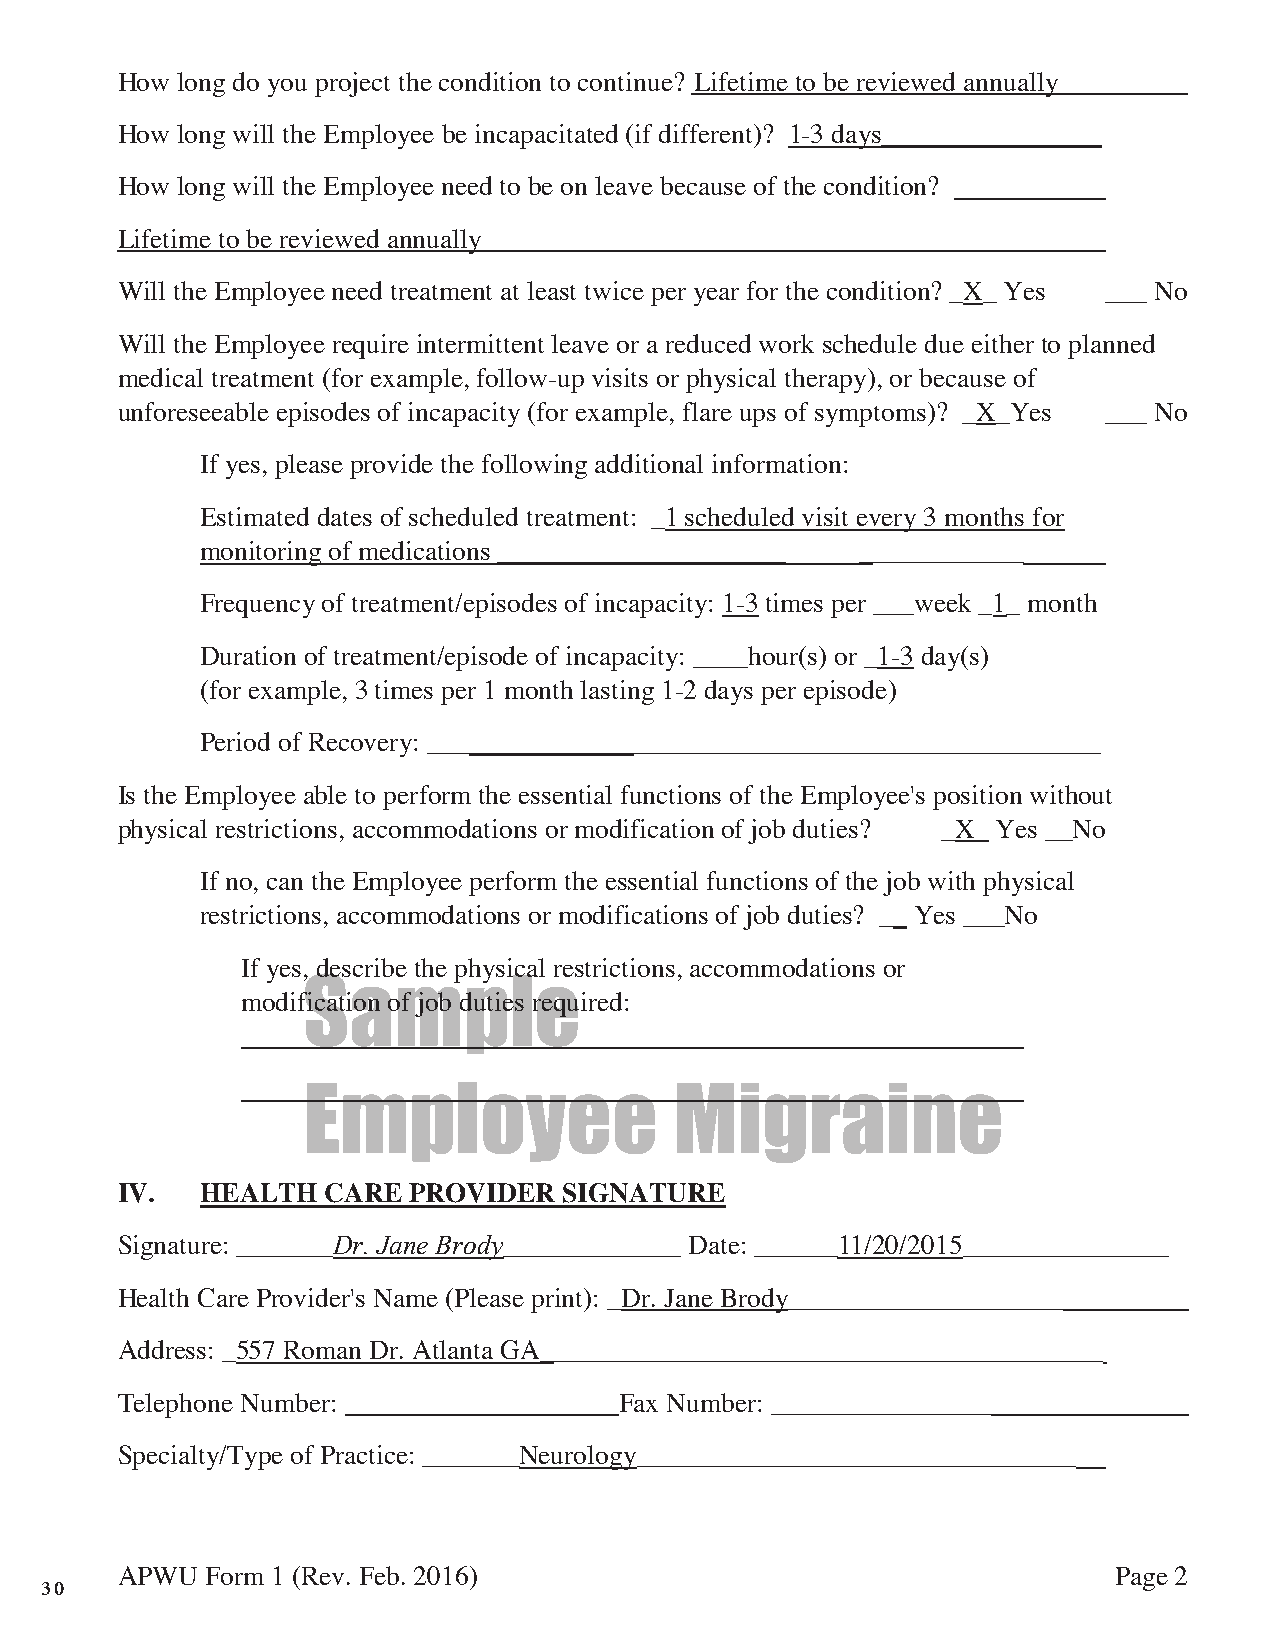
How long do you project the condition to continue? Lifetime to be reviewed annually
 How long will the Employee be incapacitated (if different)? 1-3 days________________
 How long will the Employee need to be on leave because of the condition?
 Lifetime to be reviewed annually _________
 Will the Employee need treatment at least twice per year for the condition? _X_ Yes ___ No
 Will the Employee require intermittent leave or a reduced work schedule due either to planned
 medical treatment (for example, follow-up visits or physical therapy), or because of
 unforeseeable episodes of incapacity (for example, flare ups of symptoms)? _X_Yes ___ No
 If yes, please provide the following additional information:
 Estimated dates of scheduled treatment: _1 scheduled visit every 3 months for
 monitoring of medications _____________________ ____________
 Frequency of treatment/episodes of incapacity: 1-3 times per ___week _1_ month
 Duration of treatment/episode of incapacity: ____hour(s) or _1-3 day(s)
 (for example, 3 times per 1 month lasting 1-2 days per episode)
 Period of Recovery: _________________________________________________
 Is the Employee able to perform the essential functions of the Employee's position without
 physical restrictions, accommodations or modification of job duties? _X_ Yes __No
 If no, can the Employee perform the essential functions of the job with physical
 restrictions, accommodations or modifications of job duties? __ Yes ___No
 If yes, describe the physical restrictions, accommodations or
 Sample
 modification of job duties required:
 _____________________________________      ______
 Employee                 Migraine
 IV.  HEALTH  CARE  PROVIDER  SIGNATURE
 Signature: _______Dr. Jane Brody_____________ Date: ______11/20/2015_______________
 Health Care Provider's Name (Please print): _Dr. Jane Brody____________________
 Address: _557 Roman Dr. Atlanta GA_________________________________________
 Telephone Number:                Fax Number: ________________
 Specialty/Type of Practice: _______Neurology________________________________
 APWU  Form 1 (Rev. Feb. 2016)                                     Page 2
 30